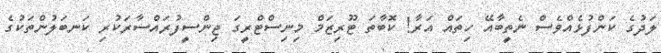
ލަދުގެ ކަންފުޅެއްވެސް ނެތީބާއޭ ހިތައް އަރާ! ކޮބާތަ ޓޫރިޒަމް މިނިސްޓްރީގަ ޖިންސީފުރައްސާރަކުރި ކަނބަލުންތަކުގެ